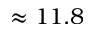
\approx 1 1 . 8